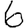
Digit: 6